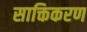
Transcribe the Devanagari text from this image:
साक्तिकरण